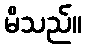
မိသည်။